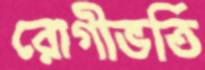
রোগীভর্তি